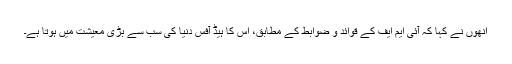
انھوں نے کہا کہ آئی ایم ایف کے قوائد و ضوابط کے مطابق، اِس کا ہیڈ آفس دنیا کی سب سے بڑی معیشت میں ہوتا ہے۔